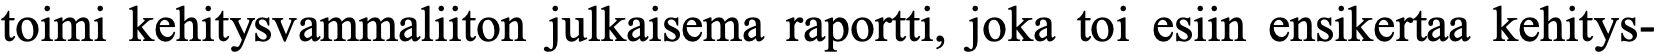
toimi kehitysvammaliiton julkaisema raportti, joka toi esiin ensikertaa kehitys-